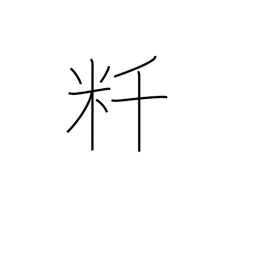
Meaning: kilometer